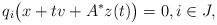
LaTeX: \begin{align*}q_i\big(x+tv+A^\ast z(t)\big)=0,i\in J,\end{align*}